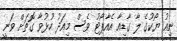
ނިއު ޔޯކުގެ ލާ ގާޑިއާ އެއާޕޯޓު ވެސް މިއަދު ހުޅުވާ ގޮތަށް ވަނީ